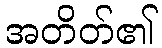
အတိတ်၏